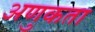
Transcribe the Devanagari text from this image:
अणुकता